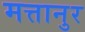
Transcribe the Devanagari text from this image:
मत्तानुर